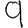
Digit: 9